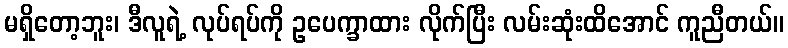
မရှိတော့ဘူး၊ ဒီလူရဲ့ လုပ်ရပ်ကို ဥပေက္ခာထား လိုက်ပြီး လမ်းဆုံးထိအောင် ကူညီတယ်။